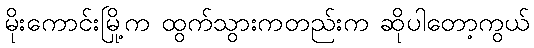
မိုးကောင်းမြို့က ထွက်သွားကတည်းက ဆိုပါတော့ကွယ်